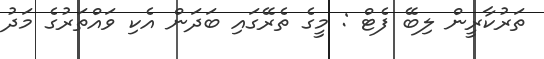
ތަރުކާރީން ލިބޭ ފެޓް : މީގެ ތެރޭގައި ބަދަން އެކި ވައްތަރުގެ މަދު